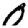
Digit: 0